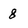
Character: 8